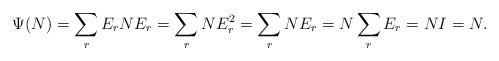
LaTeX: \begin{align*}\Psi(N) = \sum_r E_rNE_r = \sum_r NE_r^2 = \sum_r NE_r = N\sum_r E_r = NI = N.\end{align*}